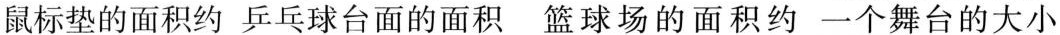
鼠标垫的面积约 乒乓球台面的面积 篮球场的面积约 一个舞台的大小